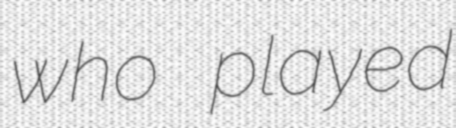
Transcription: who played